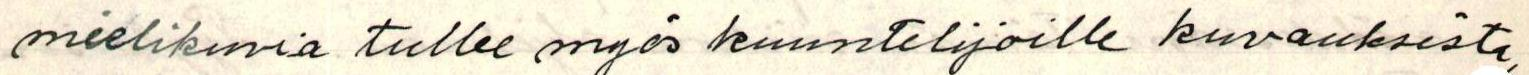
mielikuvia tullee myös kuuntelijoille kuvauksista